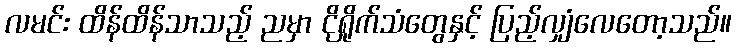
လမင်း ထိန်ထိန်သာသည့် ညမှာ ငိုရှိုက်သံတွေနှင့် ပြည့်လျှံလေတော့သည်။